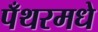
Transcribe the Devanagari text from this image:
पँथरमधे